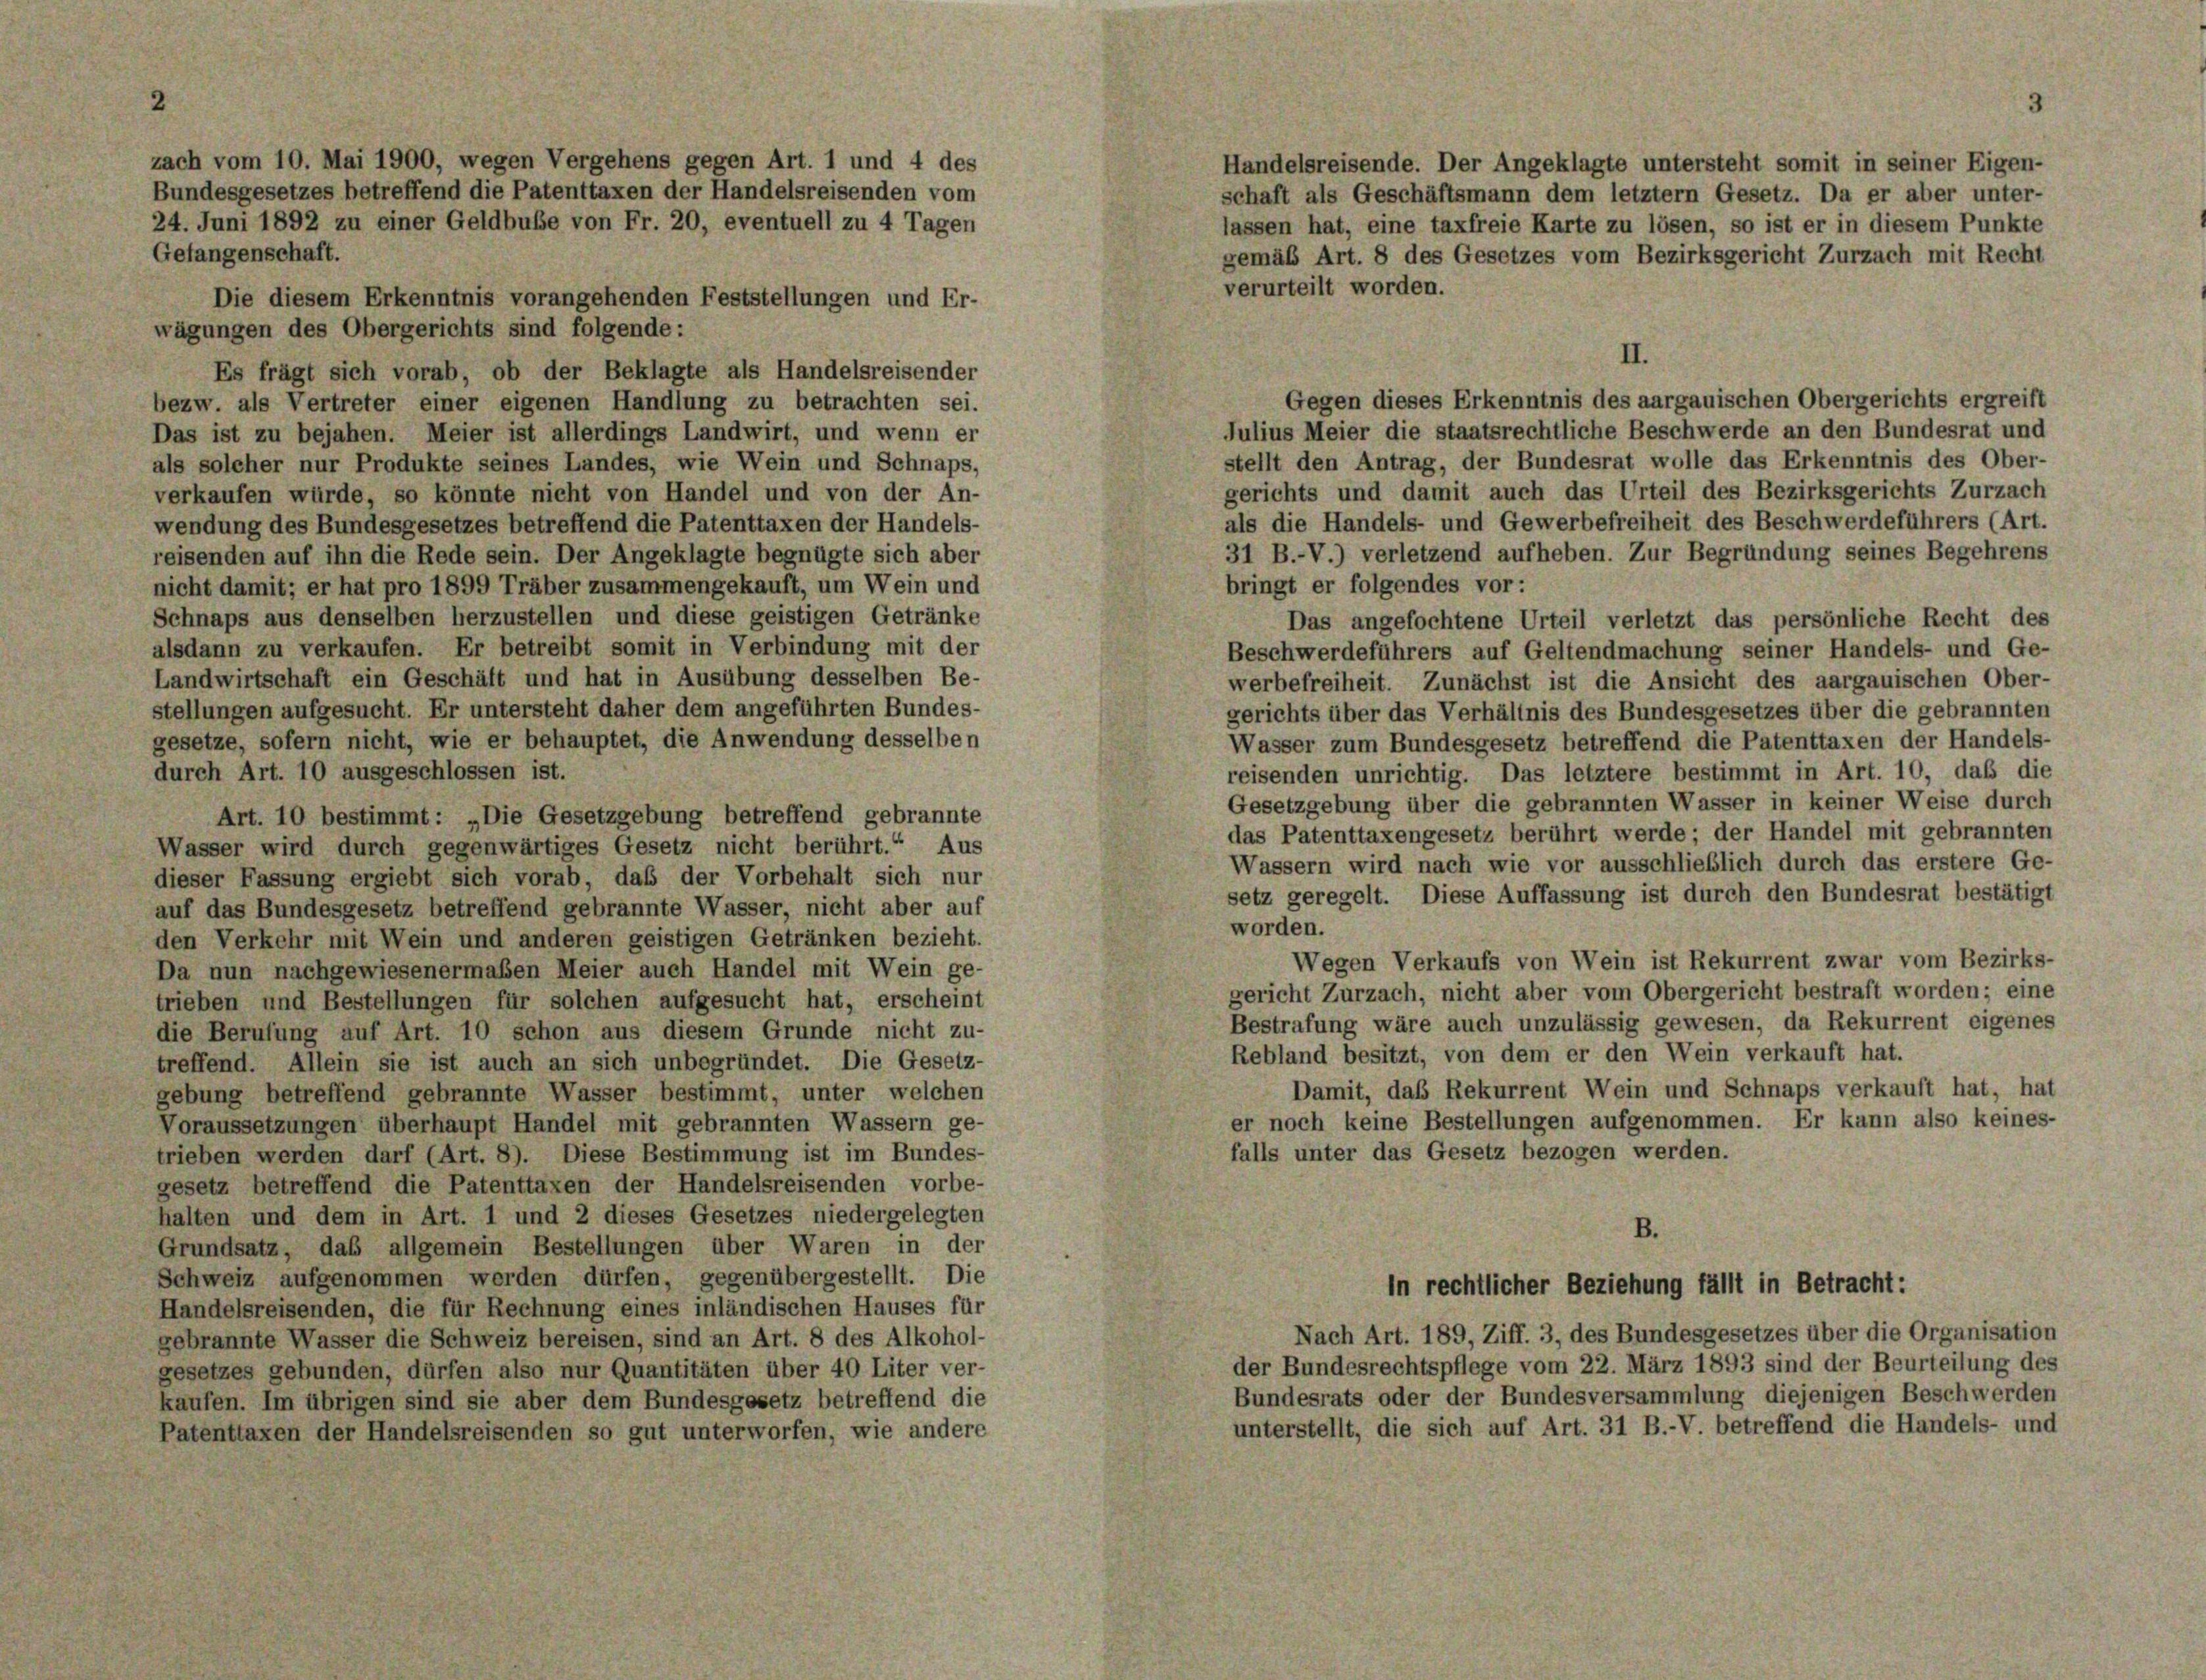
Gefangenschaft.
Die diesem Erkenntnis vorangehenden Feststellungen und Er-
wägungen des Obergerichts sind folgende:
Es frägt sich vorab, ob der Beklagte als Handelsreisender
bezw. als Vertreter einer eigenen Handlung zu betrachten sei.
Julius Meier die staatsrechtliche Beschwerde an den Bundesrat un
Das ist zu bejahen. Meier ist allerdings Landwirt, und wenn er
stellt den Antrag, der Bundesrat wolle das Erkenntnis des Obe
als solcher nur Produkte seines Landes, wie Wein und Schnaps,
gerichts und damit auch das Urteil des Bezirksgerichts Zurzac
verkaufen würde, so könnte nicht von Handel und von der An-
als die Handels- und Gewerbefreiheit des Beschwerdeführers (A
wendung des Bundesgesetzes betreffend die Patenttaxen der Handels-
31 B.-V.) verletzend aufheben. Zur Begründung seines Begehre
reisenden auf ihn die Rede sein. Der Angeklagte begnügte sich aber
bringt er folgendes vor:
nicht damit; er hat pro 1899 Träber zusammengekauft, um Wein und
Schnaps aus denselben herzustellen und diese geistigen Getränke
Das angefochtene Urteil verletzt das persönliche Recht d
alsdann zu verkaufen. Er betreibt somit in Verbindung mit der
Beschwerdeführers auf Geltendmachung seiner Handels- und G
Landwirtschaft ein Geschäft und hat in Ausübung desselben Be-
werbefreiheit. Zunächst ist die Ansicht des aargauischen Ob-
stellungen aufgesucht. Er untersteht daher dem angeführten Bundes-
gerichts über das Verhältnis des Bundesgesetzes über die gebrannt
gesetze, sofern nicht, wie er behauptet, die Anwendung desselben
Wasser zum Bundesgesetz betreffend die Patenttaxen der Hande
durch Art. 10 ausgeschlossen ist.
reisenden unrichtig. Das letztere bestimmt in Art. 10, daß
Gesetzgebung über die gebrannten Wasser in keiner Weise dur
Art. 10 bestimmt: „Die Gesetzgebung betreffend gebrannte
das Patenttaxengesetz berührt werde; der Handel mit gebrannt
Wasser wird durch gegenwärtiges Gesetz nicht berührt.“ Aus
Wassern wird nach wie vor ausschließlich durch das erstere
dieser Fassung ergiebt sich vorab, daß der Vorbehalt sich nur
setz geregelt. Diese Auffassung ist durch den Bundesrat bestät
auf das Bundesgesetz betreffend gebrannte Wasser, nicht aber auf
worden.
den Verkehr mit Wein und anderen geistigen Getränken bezieht.
Wegen Verkaufs von Wein ist Rekurrent zwar vom Bezir
Da nun nachgewiesenermaßen Meier auch Handel mit Wein ge-
gericht Zurzach, nicht aber vom Obergericht bestraft worden; e
trieben und Bestellungen für solchen aufgesucht hat, erscheint
Bestrafung wäre auch unzulässig gewesen, da Rekurrent eige,
die Berufung auf Art. 10 schon aus diesem Grunde nicht zu-
Rebland besitzt, von dem er den Wein verkauft hat.
treffend. Allein sie ist auch an sich unbegründet. Die Gesetz-
Damit, daß Rekurrent Wein und Schnaps verkauft hat, 1
gebung betreffend gebrannte Wasser bestimmt, unter welchen
er noch keine Bestellungen aufgenommen. Er kann also kei
Voraussetzungen überhaupt Handel mit gebrannten Wassern ge-
falls unter das Gesetz bezogen werden.
trieben werden darf (Art. 8). Diese Bestimmung ist im Bundes-
gesetz betreffend die Patenttaxen der Handelsreisenden vorbe-
halten und dem in Art. 1 und 2 dieses Gesetzes niedergelegten
B.
Grundsatz, das allgemein Bestellungen über Waren in der
Schweiz aufgenommen werden dürfen, gegenübergestellt. Die
in rechtlicher Beziehung fällt in Betracht:
Handelsreisenden, die für Rechnung eines inländischen Hauses für
Nach Art. 189, Ziff. 3, des Bundesgesetzes über die Organisation
gebrannte Wasser die Schweiz bereisen, sind an Art. 8 des Alkohol-
der Bundesrechtspflege vom 22. März 1893 sind der Beurteilung des
gesetzes gebunden, dürfen also nur Quantitäten über 40 Liter ver-
Bundesrats oder der Bundesversammlung diejenigen Beschwerden
kaufen. Im übrigen sind sie aber dem Bundesgesetz betreffend die
unterstellt, die sich auf Art. 31 B.-V. betreffend die Handels- und
Patenttaxen der Handelsreisenden so gut unterworfen, wie andere

24. Juni 1892 zu einer Geldbuße von Fr. 20, eventuell zu 4 Tagen

zach vom 10. Mai 1900, wegen Vergehens gegen Art. 1 und 4 des
Bundesgesetzes betreffend die Patenttaxen der Handelsreisenden vom

Handelsreisende. Der Angeklagte untersteht somit in seiner Eigen-
schaft als Geschäftsmann dem letztem Gesetz. Da er aber unter-
lassen hat, eine taxfreie Karte zu lösen, so ist er in diesem Punkte
gemäß Art. 8 des Gesetzes vom Bezirksgericht Zurzach mit Recht
verurteilt worden.

II.
Gegen dieses Erkenntnis des aargauischen Obergerichts ergre